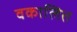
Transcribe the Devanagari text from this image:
वकालित